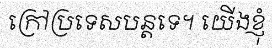
ក្រៅប្រទេសបន្តទេ។ យើងខ្ញុំ